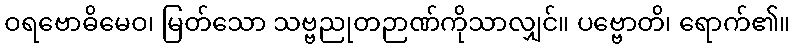
ဝရဗောဓိမေဝ၊ မြတ်သော သဗ္ဗညုတဉာဏ်ကိုသာလျှင်။ ပဗ္ဗောတိ၊ ရောက်၏။